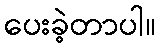
ပေးခဲ့တာပါ။